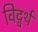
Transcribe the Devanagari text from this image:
विट्वर्थ